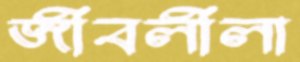
জীবলীলা